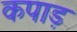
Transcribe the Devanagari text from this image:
कपाड़